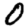
Digit: 0